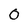
Character: 0